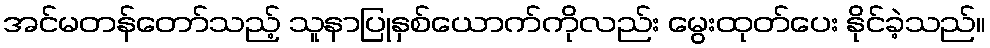
အင်မတန်တော်သည့် သူနာပြုနှစ်ယောက်ကိုလည်း မွေးထုတ်ပေး နိုင်ခဲ့သည်။